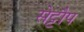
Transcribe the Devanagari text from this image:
सेट्टौप